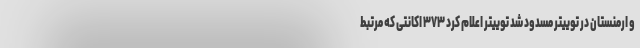
و ارمنستان در توییتر مسدود شد توییتر اعلام کرد ۳۷۳ اکانتی که مرتبط